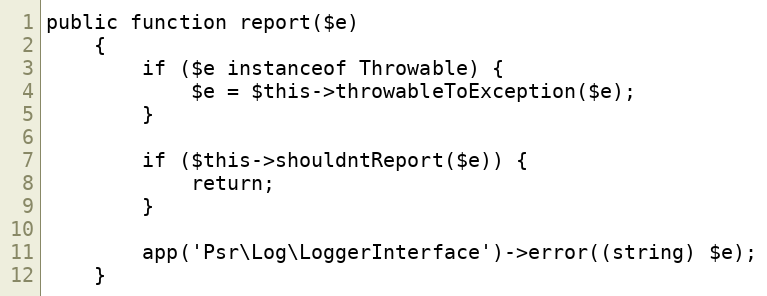
Language: PHP
public function report($e)
    {
        if ($e instanceof Throwable) {
            $e = $this->throwableToException($e);
        }

        if ($this->shouldntReport($e)) {
            return;
        }

        app('Psr\Log\LoggerInterface')->error((string) $e);
    }